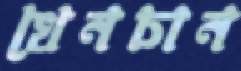
খেনচান